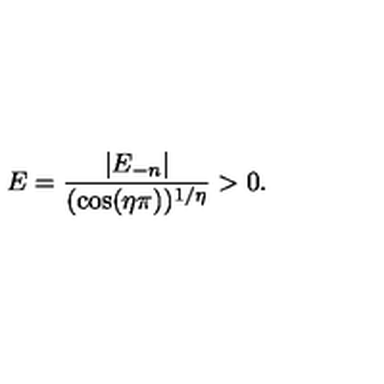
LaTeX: E = \frac { | E _ { - n } | } { ( \cos ( \eta \pi ) ) ^ { 1 / \eta } } > 0 .